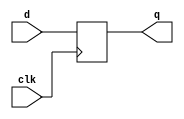
`timescale 1ns / 1ps

module d_ff(
    input d, clk,
    output reg q
    );
    
    
    initial q = 0;
    
    always @ (posedge clk)
        q <= d;
    
endmodule